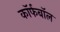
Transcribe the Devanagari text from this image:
कॉर्फबॉल